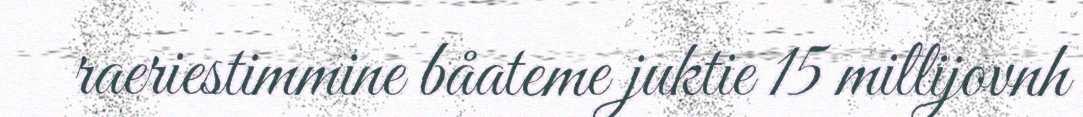
raeriestimmine båateme juktie 15 millijovnh